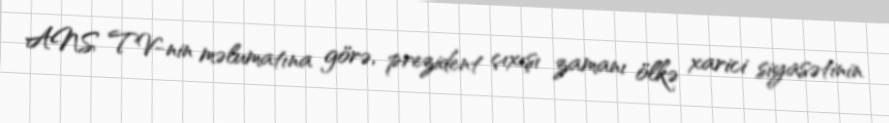
ANS TV-nin məlumatına görə, prezident çıxışı zamanı ölkə xarici siyasətinin